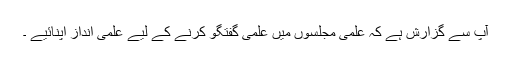
آپ سے گزارش ہے کہ علمی مجلسوں میں علمی گفتگو کرنے کے لیے علمی انداز اپنائیے ۔